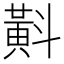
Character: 斢